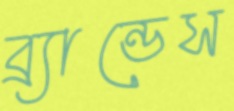
ব্র্যান্ডেস